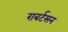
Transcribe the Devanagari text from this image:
राबर्टसन